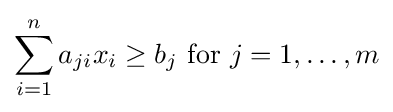
\sum _{i=1}^{n}a_{ji}x_{i}\geq b_{j}{\text{ for }}j=1,\dots ,m